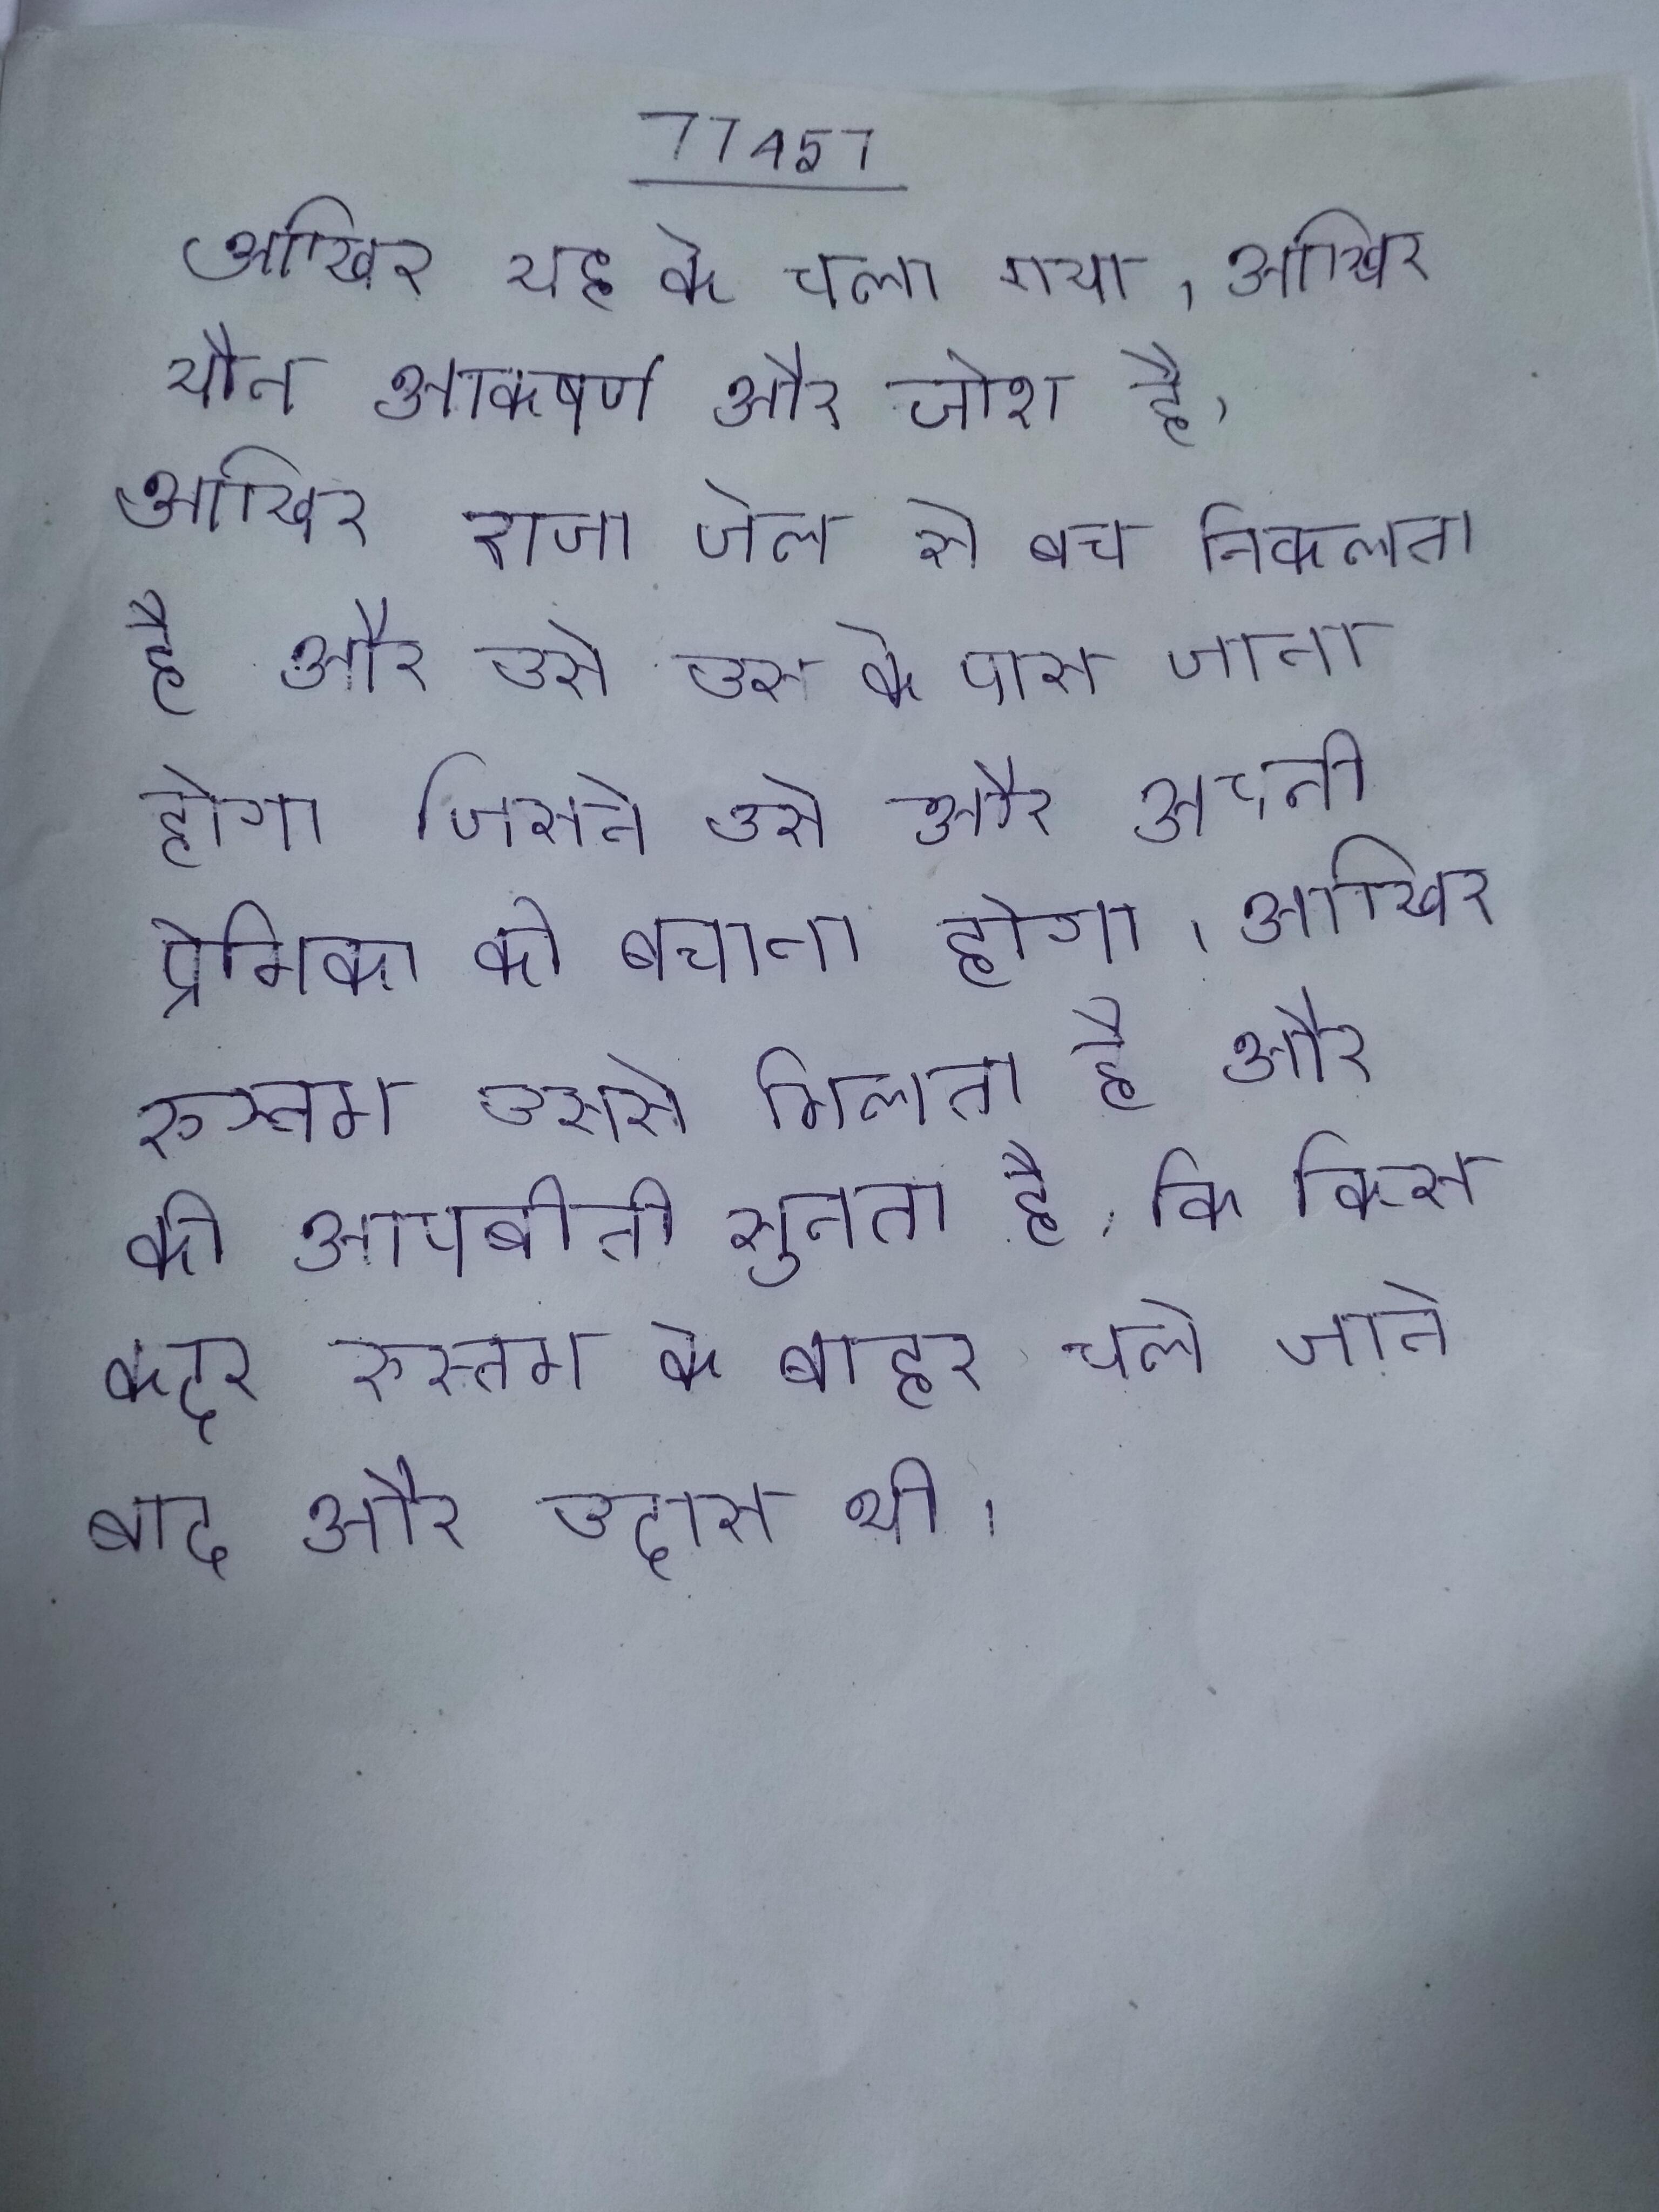
आखिर यह के चला गया । आखिर यौन आकर्षण और जोश है । आखिर राजा जेल से बच निकलता है और उसे उस के पास जाना होगा जिसने उसे और अपनी प्रेमिका को बचाना होगा । आखिर रुस्तम उससे मिलता है और की आपबीती सुनता है, कि किस कदर रुस्तम के बाहर चले जाने बाद और उदास थी ।